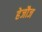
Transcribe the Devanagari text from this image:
हेजौज